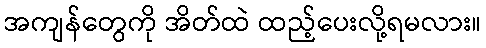
အကျန်တွေကို အိတ်ထဲ ထည့်ပေးလို့ရမလား။